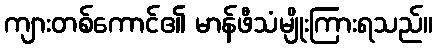
ကျားတစ်ကောင်၏ မာန်ဖီသံမျိုးကြားရသည်။